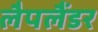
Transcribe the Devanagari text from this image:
लैपलैंडर